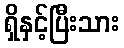
ရှိနှင့်ပြီးသား